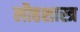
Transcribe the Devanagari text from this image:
लौहशास्त्र